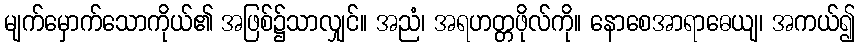
မျက်မှောက်သောကိုယ်၏ အဖြစ်၌သာလျှင်။ အညံ၊ အရဟတ္တဖိုလ်ကို။ နောစေအာရာဓေယျ၊ အကယ်၍